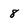
Character: 8